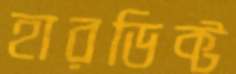
হারডিক্ট